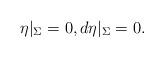
LaTeX: \begin{align*}\eta|_{\Sigma}=0, d\eta|_{\Sigma}=0.\end{align*}